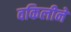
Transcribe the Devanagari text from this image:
वकिलीने